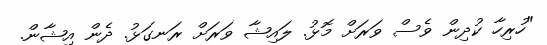
"ހުރިހާ ކުދިން ވެސް ވަރަށް މޮޅު. ލައިޝާ ވަރަށް ރަނގަޅު. ދެން އިޝާން.